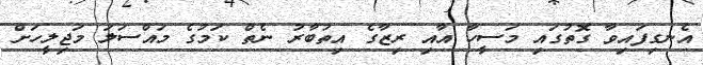
އެނގިފައިވާ ގޮތުގައި މަސީހާ އާއި ރިޒާގެ އިތުބާރު ނެތް ކަމުގެ މައްސަލަ މަޖިލީހަށް